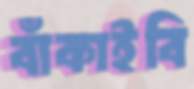
বাঁকাইবি